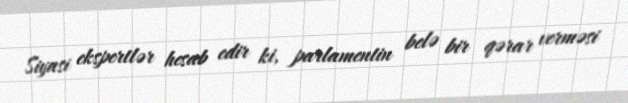
Siyasi ekspertlər hesab edir ki, parlamentin belə bir qərar verməsi